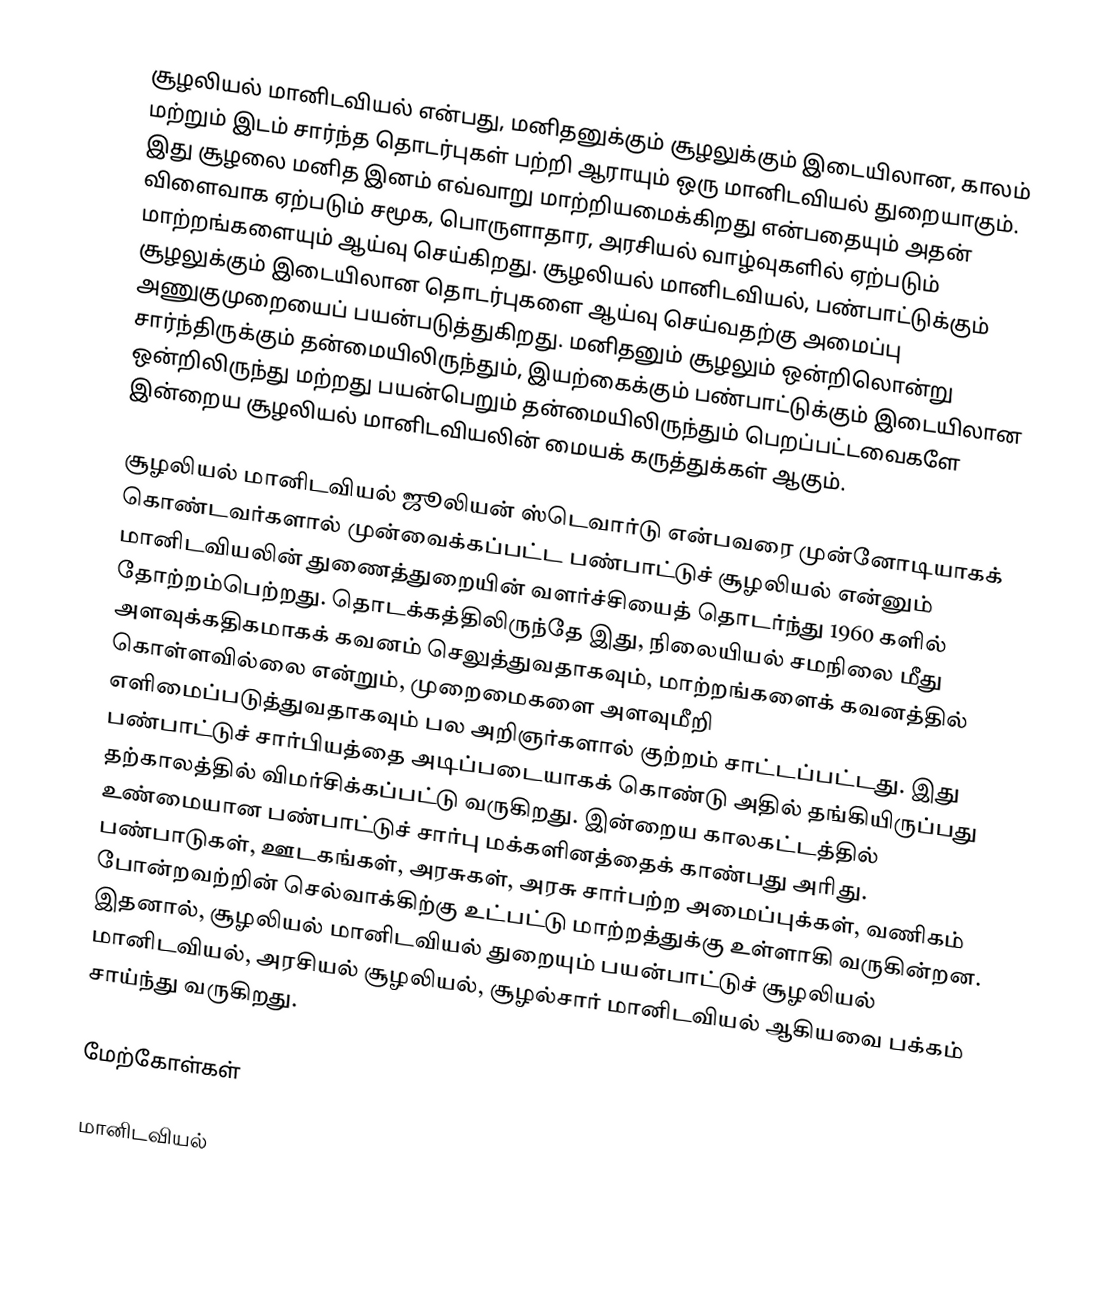
சூழலியல் மானிடவியல் என்பது, மனிதனுக்கும் சூழலுக்கும் இடையிலான, காலம் மற்றும் இடம் சார்ந்த தொடர்புகள் பற்றி ஆராயும் ஒரு மானிடவியல் துறையாகும். இது சூழலை மனித இனம் எவ்வாறு மாற்றியமைக்கிறது என்பதையும் அதன் விளைவாக ஏற்படும் சமூக, பொருளாதார, அரசியல் வாழ்வுகளில் ஏற்படும் மாற்றங்களையும் ஆய்வு செய்கிறது. சூழலியல் மானிடவியல், பண்பாட்டுக்கும் சூழலுக்கும் இடையிலான தொடர்புகளை ஆய்வு செய்வதற்கு அமைப்பு அணுகுமுறையைப் பயன்படுத்துகிறது. மனிதனும் சூழலும் ஒன்றிலொன்று சார்ந்திருக்கும் தன்மையிலிருந்தும், இயற்கைக்கும் பண்பாட்டுக்கும் இடையிலான ஒன்றிலிருந்து மற்றது பயன்பெறும் தன்மையிலிருந்தும் பெறப்பட்டவைகளே இன்றைய சூழலியல் மானிடவியலின் மையக் கருத்துக்கள் ஆகும்.

சூழலியல் மானிடவியல் ஜூலியன் ஸ்டெவார்டு என்பவரை முன்னோடியாகக் கொண்டவர்களால் முன்வைக்கப்பட்ட பண்பாட்டுச் சூழலியல் என்னும் மானிடவியலின் துணைத்துறையின் வளர்ச்சியைத் தொடர்ந்து 1960 களில் தோற்றம்பெற்றது. தொடக்கத்திலிருந்தே இது, நிலையியல் சமநிலை மீது அளவுக்கதிகமாகக் கவனம் செலுத்துவதாகவும், மாற்றங்களைக் கவனத்தில் கொள்ளவில்லை என்றும், முறைமைகளை அளவுமீறி எளிமைப்படுத்துவதாகவும் பல அறிஞர்களால் குற்றம் சாட்டப்பட்டது. இது பண்பாட்டுச் சார்பியத்தை அடிப்படையாகக் கொண்டு அதில் தங்கியிருப்பது தற்காலத்தில் விமர்சிக்கப்பட்டு வருகிறது. இன்றைய காலகட்டத்தில் உண்மையான பண்பாட்டுச் சார்பு மக்களினத்தைக் காண்பது அரிது. பண்பாடுகள், ஊடகங்கள், அரசுகள், அரசு சார்பற்ற அமைப்புக்கள், வணிகம் போன்றவற்றின் செல்வாக்கிற்கு உட்பட்டு மாற்றத்துக்கு உள்ளாகி வருகின்றன. இதனால், சூழலியல் மானிடவியல் துறையும் பயன்பாட்டுச் சூழலியல் மானிடவியல், அரசியல் சூழலியல், சூழல்சார் மானிடவியல் ஆகியவை பக்கம் சாய்ந்து வருகிறது.

மேற்கோள்கள்

மானிடவியல்